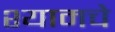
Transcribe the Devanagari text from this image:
श्यामचे